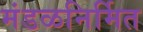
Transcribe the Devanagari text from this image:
मंडळनिर्मित